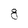
Character: g